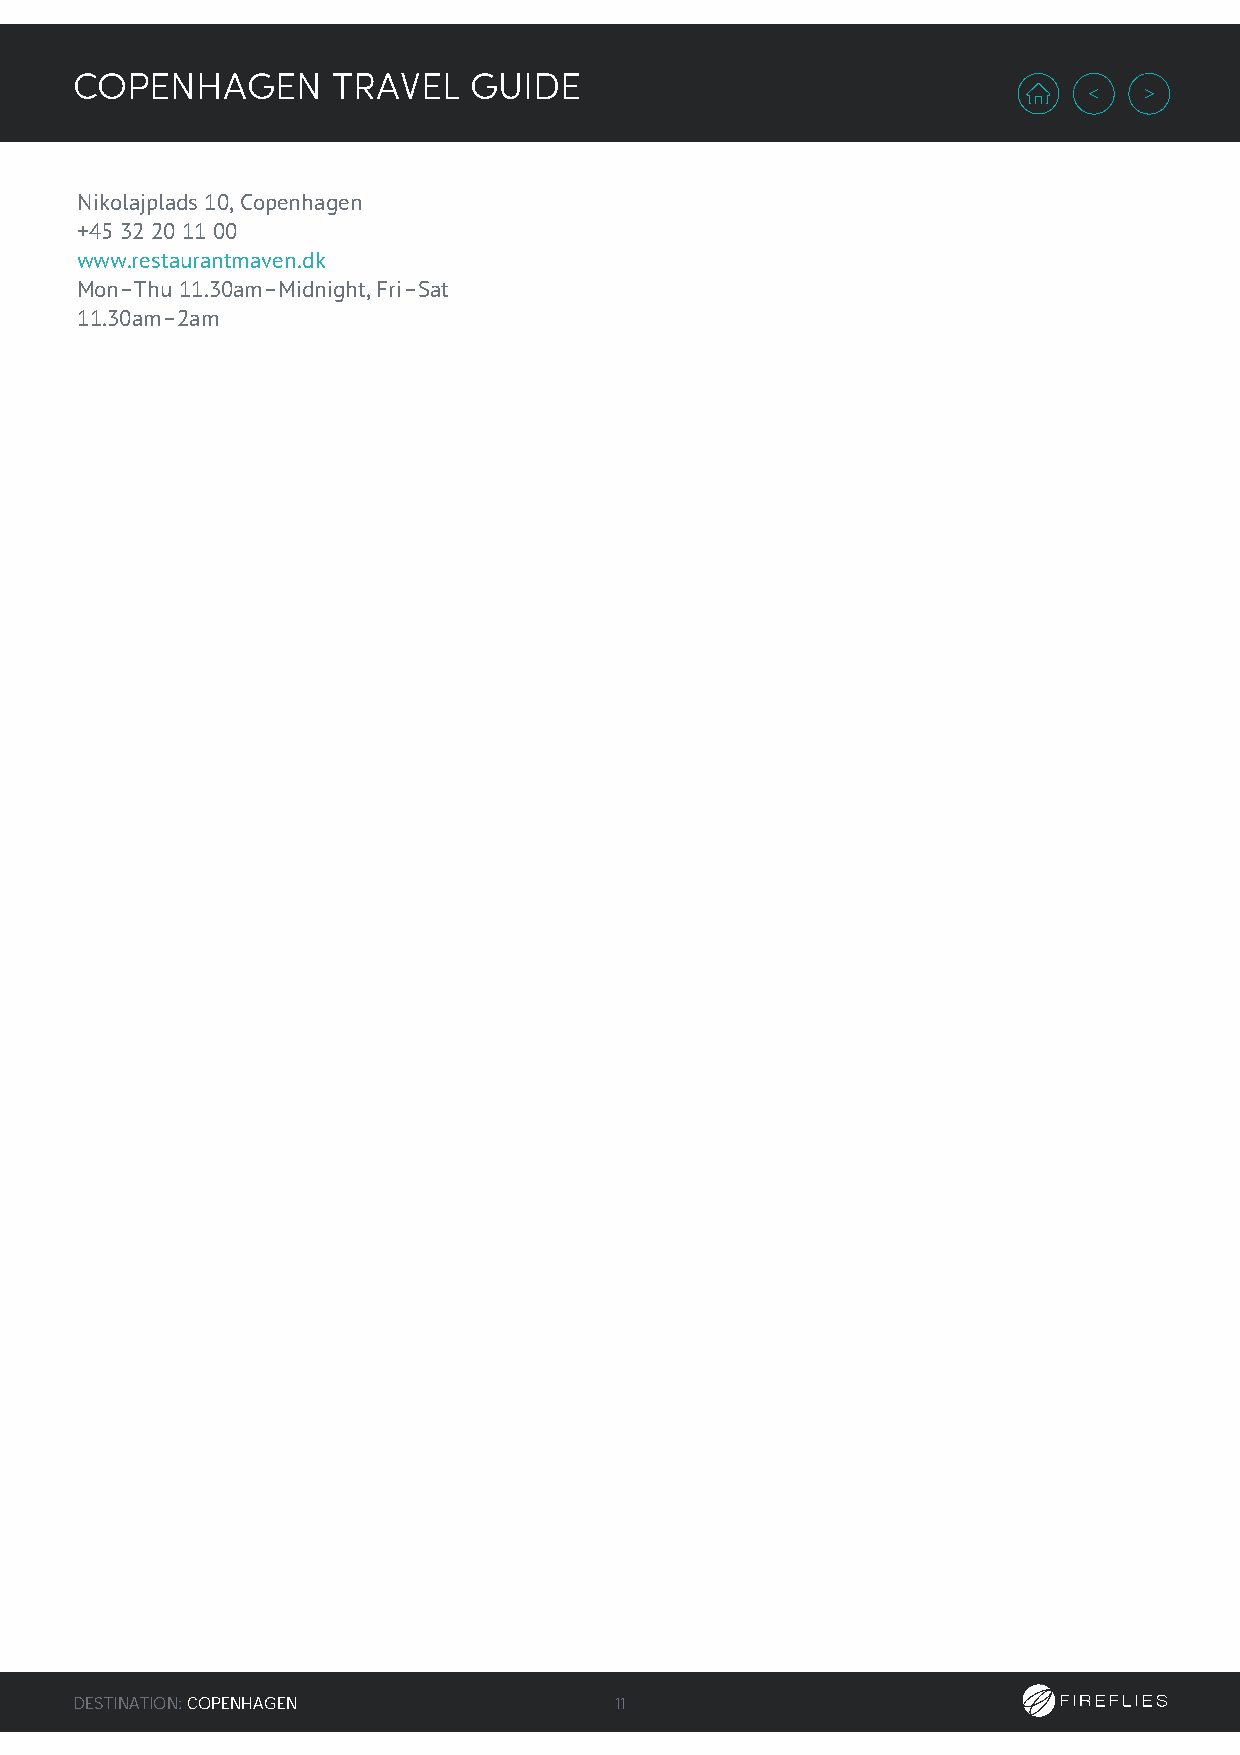
COPENHAGEN       TRAVEL   GUIDE
 Nikolajplads 10, Copenhagen
 +45 32 20 11 00
 www.restaurantmaven.dk
 Mon–Thu 11.30am–Midnight, Fri–Sat
 11.30am–2am
 DESTINATION: COPENHAGEN             11